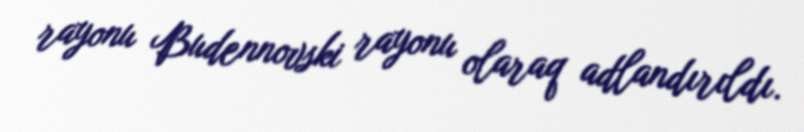
rayonu Budennovski rayonu olaraq adlandırıldı.